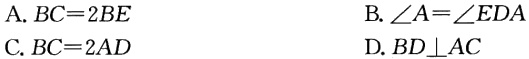
A. \(BC = 2BE\)
B. \(\angle A=\angle EDA\)
C. \(BC = 2AD\)
D. \(BD\perp AC\)